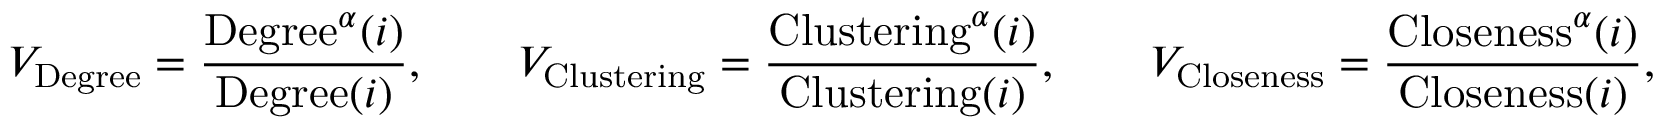
V _ { \mathrm { { D e g r e e } } } = \frac { { \mathrm { D e g r e e } } ^ { \alpha } ( i ) } { \mathrm { { D e g r e e } } ( i ) } , ~ ~ ~ ~ ~ ~ V _ { \mathrm { C l u s t e r i n g } } = \frac { \mathrm { { C l u s t e r i n g } } ^ { \alpha } ( i ) } { { \mathrm { C l u s t e r i n g } } ( i ) } , ~ ~ ~ ~ ~ ~ V _ { \mathrm { { C l o s e n e s s } } } = \frac { { \mathrm { C l o s e n e s s } } ^ { \alpha } ( i ) } { \mathrm { { C l o s e n e s s } } ( i ) } ,